Report on vaccination in Madras 1877-1894 - 1877-1894
Year: 1877
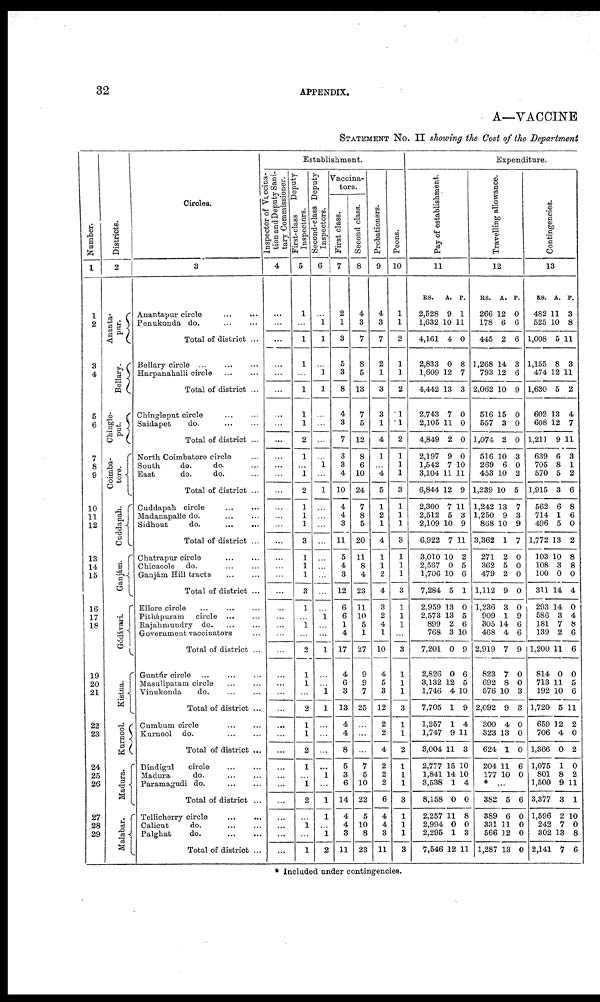
32
APPENDIX.
A—VACCINE
STATEMENT NO. II showing the Cost of the Department
Number.
1
1
2
3
4
5
6
7
8
9
10
11
12
13
14
15
16
17
18
19
20
21
22
23
24
25
26
27
28
29
Districts.
2
Ananta¬
pur.
Bellary.
Chingle¬
put.
Coimba¬
tore.
Cuddapah.
Ganjám.
Gódávari.
Kistna.
Kurnool.
Madura.
Malabar.
Circles.
3
Anantapur circle
...
...
Penukonda do.
...
...
Total of district ...
Bellary circle ...
...
...
Harpanahalli circle
...
...
Total of district ...
Chingleput circle
...
...
Saidapet
do. ... ...
Total of district ...
North Coimbatore circle
South
do.
do. ...
East
do.
do. ...
Total of district ...
Cuddapah circle
...
...
Madanapalle do. ... ...
Sidhout
do.
...
...
Total of district ...
Chatrapur circle
...
...
Chioacole do. ... ...
Ganjám Hill tracts
...
...
Total of district ...
Ellore circle
...
...
...
Pithápuram
circle ...
Rajahmudry do
...
...
Government vaccinators ...
Total of district ...
Guntúr circle ... ...
Masulipatam circle ... ...
Vinukonda
do
...
...
Total of district ...
Cumbum circle
...
...
Kurnool do. ... ...
Total of district ...
Dindigul
circle
...
...
Madura
do. ... ...
Paramagudi do. ... ...
Total of district ...
Tellicherry circle
...
...
Calicut
do.
...
...
Palghat
do.
...
...
Total of district ...
Establishment.
Inspector of Vaccina-
tion and Deputy Sani-
tary Commissioner.
4
...
...
...
...
...
...
...
...
...
...
...
...
...
...
...
...
...
...
...
...
...
...
...
...
...
...
...
...
...
...
...
...
...
...
...
...
...
...
...
...
...
First-class
Deputy
Inspectors.
5
1
...
1
1
...
1
1
1
2
1
...
1
2
1
1
1
3
1
1
1
3
1
...
1
...
2
1
1
...
2
1
1
2
1
...
1
2
...
1
...
1
Second-class Deputy
Inspectors.
6
...
1
1
...
1
1
...
...
...
...
1
...
1
...
...
...
...
...
...
...
...
...
1
...
...
1
...
...
1
1
...
...
...
...
1
...
1
1
...
1
2
Vaccina-
tors.
First class.
7
2
1
3
5
3
8
4
3
7
3
3
4
10
4
4
3
11
5
4
3
12
6
6
1
4
17
4
6
3
13
4
4
8
5
3
6
14
4
4
3
11
Second class.
8
4
3
7
8
5
13
7
5
12
8
6
10
24
7
8
5
20
11
8
4
23
11
10
5
1
27
9
9
7
25
...
...
...
7
5
10
22
5
10
8
23
Probationers.
9
4
3
7
2
1
3
3
1
4
1
...
4
5
1
2
1
4
1
1
2
4
3
2
4
1
10
4
5
3
12
2
2
4
2
2
2
6
4
4
3
11
Peons.
10
1
1
2
1
1
2
1
1
2
1
1
1
3
1
1
1
3
1
1
1
3
1
1
1
...
3
1
1
1
3
1
1
2
1
1
1
3
1
1
1
3
Expenditure.
Pay of establishment.
11
RS.
2,528
1,632
4,161
2,833
1,609
4,442
2,743
2,105
4,849
2,197
1,542
3,104
6,844
2,300
2,512
2,109
6,922
3,010
2,567
1,706
7,284
2,959
2,573
899
768
7,201
2,826
3,132
1,746
7,705
1,257
1,747
3,004
2,777
1,841
3,538
8,158
2,257
2,994
2,295
7,546
A.
9
10
4
0
12
13
7
11
2
9
7
11
12
7
5
10
7
10
0
10
5
13
13
2
3
0
0
12
4
1
1
9
11
15
14
1
0
11
0
1
12
P.
1
11
0
8
7
3
0
0
0
0
10
11
9
11
3
9
11
2
5
6
1
0
5
6
10
9
6
5
10
9
4
11
3
10
10
4
0
8
0
3
11
Travelling allowance.
12
RS.
266
178
445
1,268
793
2,062
516
557
1,074
516
269
453
1,239
1,242
1,250
868
3,362
271
362
479
1,112
1,236
909
305
468
2,919
823
692
576
2,092
300
323
624
204
177
A.
12
6
2
14
12
10
15
3
2
10
6
10
10
13
9
10
1
2
5
2
9
3
1
14
4
7
7
8
10
9
4
13
1
11
10
P.
0
6
6
3
6
9
0
0
0
3
0
2
5
7
3
9
7
0
0
0
0
0
9
6
6
9
0
0
3
3
0
0
0
6
0
* ...
382
389
331
566
1,287
5
6
11
12
13
6
0
0
0
0
Contingencies.
13
RS.
482
525
1,008
1,155
474
1,630
602
608
1,211
639
705
570
1,915
562
714
496
1,772
103
108
100
311
293
586
181
139
1,200
814
713
192
1,720
659
706
1,366
1,075
801
1,500
3,377
1,596
242
302
2,141
A.
11
10
5
8
12
5
13
12
9
6
8
5
3
6
1
5
13
10
3
0
14
14
3
7
2
11
0
11
10
5
12
4
0
1
8
9
3
2
7
13
7
P.
3
8
11
3
11
2
4
7
11
3
1
2
6
8
6
0
2
8
8
0
4
0
4
8
6
6
0
5
6
11
2
0
2
0
2
11
1
10
0
8
6
* Included under contingencies.